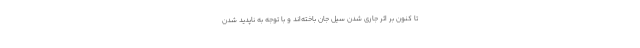
تا کنون بر اثر جاری شدن سیل جان باخته‌اند و با توجه به ناپدید شدن